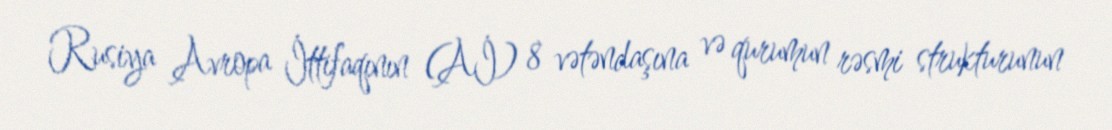
Rusiya Avropa İttifaqının (Aİ) 8 vətəndaşına və qurumun rəsmi strukturunun